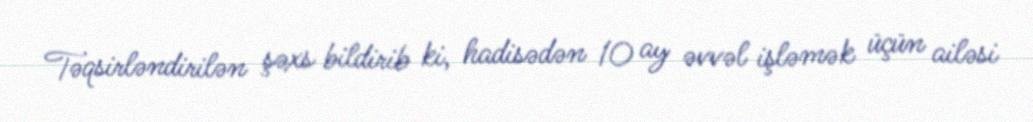
Təqsirləndirilən şəxs bildirib ki, hadisədən 10 ay əvvəl işləmək üçün ailəsi